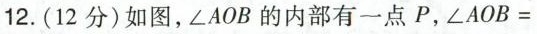
12.(12分)如图，∠AOB的内部有一点P，$$∠ A O B =